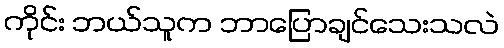
ကိုင်း ဘယ်သူက ဘာပြောချင်သေးသလဲ